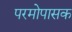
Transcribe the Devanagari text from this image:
परमोपासक